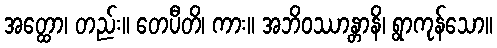
အတ္ထော၊ တည်း။ တေပီတိ၊ ကား။ အဘိဝဿာန္တာနိ၊ ရွာကုန်သော။